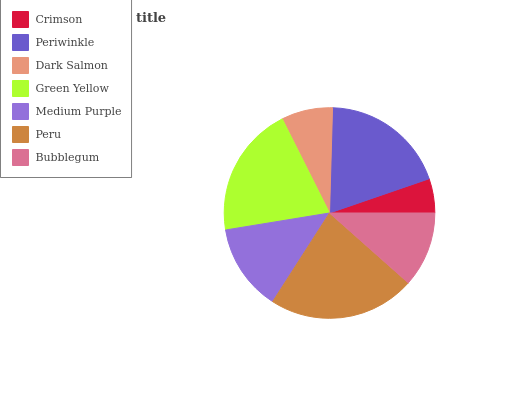
| Crimson | Periwinkle | Dark Salmon | Green Yellow | Medium Purple | Peru | Bubblegum |
 | --- | --- | --- | --- | --- | --- | --- |
 | 5.26% | 19.2% | 7.85% | 20.2% | 13.3% | 22.6% | 11.5% |